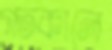
গতকালে